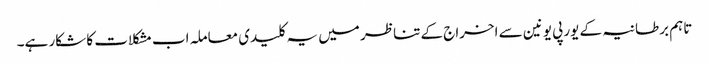
تاہم برطانیہ کے یورپی یونین سے اخراج کے تناظر میں یہ کلیدی معاملہ اب مشکلات کا شکار ہے۔